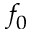
f _ { 0 }